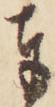
奉